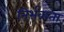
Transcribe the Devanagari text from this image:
निर्भकता